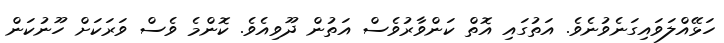
ހަޅޭއްލަވައިގަނެވުނެވެ. އަތުގައި އޮތް ކަންވާރުވެސް އަތުން ދޫވިއެވެ. ކޮންމެ ވެސް ވަރަކަށް ހޫނުކަން